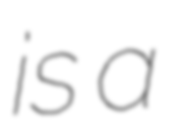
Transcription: is a